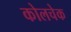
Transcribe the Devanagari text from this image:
कोलचेक